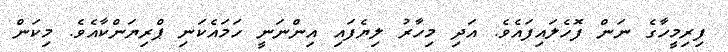
ފިރިމީހާގެ ނަން ފޮހެލައިފައެވެ. އަދި މިހާރު ލިޔެފައި އިންނަނީ ހަމައެކަނި ޕްރިޔަންކާއެވެ. މިކަން